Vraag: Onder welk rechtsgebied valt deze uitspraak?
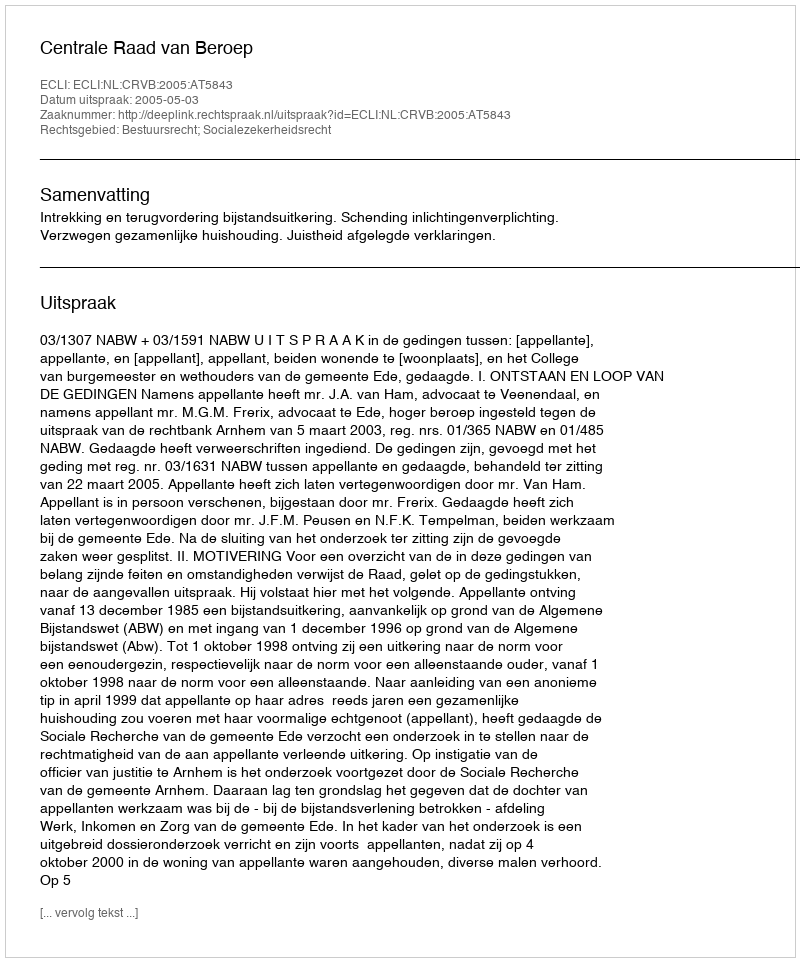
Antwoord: Bestuursrecht; Socialezekerheidsrecht